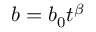
b = b _ { 0 } t ^ { \beta }